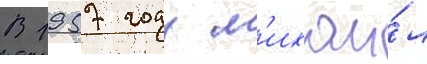
В 1957 году м'ихаи́л